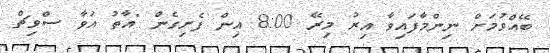
ބޭއްވުމަށް ނިންމާފައިވާ އިރު މިރޭ 8:00 އިން ފެށިގެން "އާތު އަވާ ސްވިޗް